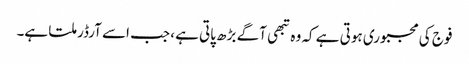
فوج کی مجبوری ہوتی ہے کہ وہ تبھی آگے بڑھ پاتی ہے، جب اسے آرڈر ملتا ہے۔